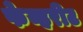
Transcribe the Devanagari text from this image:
फेव्हरीट